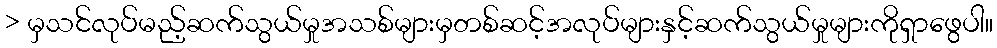
> မှသင်လုပ်မည့်ဆက်သွယ်မှုအသစ်များမှတစ်ဆင့်အလုပ်များနှင့်ဆက်သွယ်မှုများကိုရှာဖွေပါ။